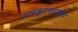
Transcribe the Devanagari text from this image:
अलङ्कारशास्त्रीय